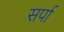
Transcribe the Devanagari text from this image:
सर्पा